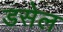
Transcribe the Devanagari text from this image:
डसेल